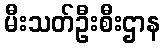
မီးသတ်ဦးစီးဌာန